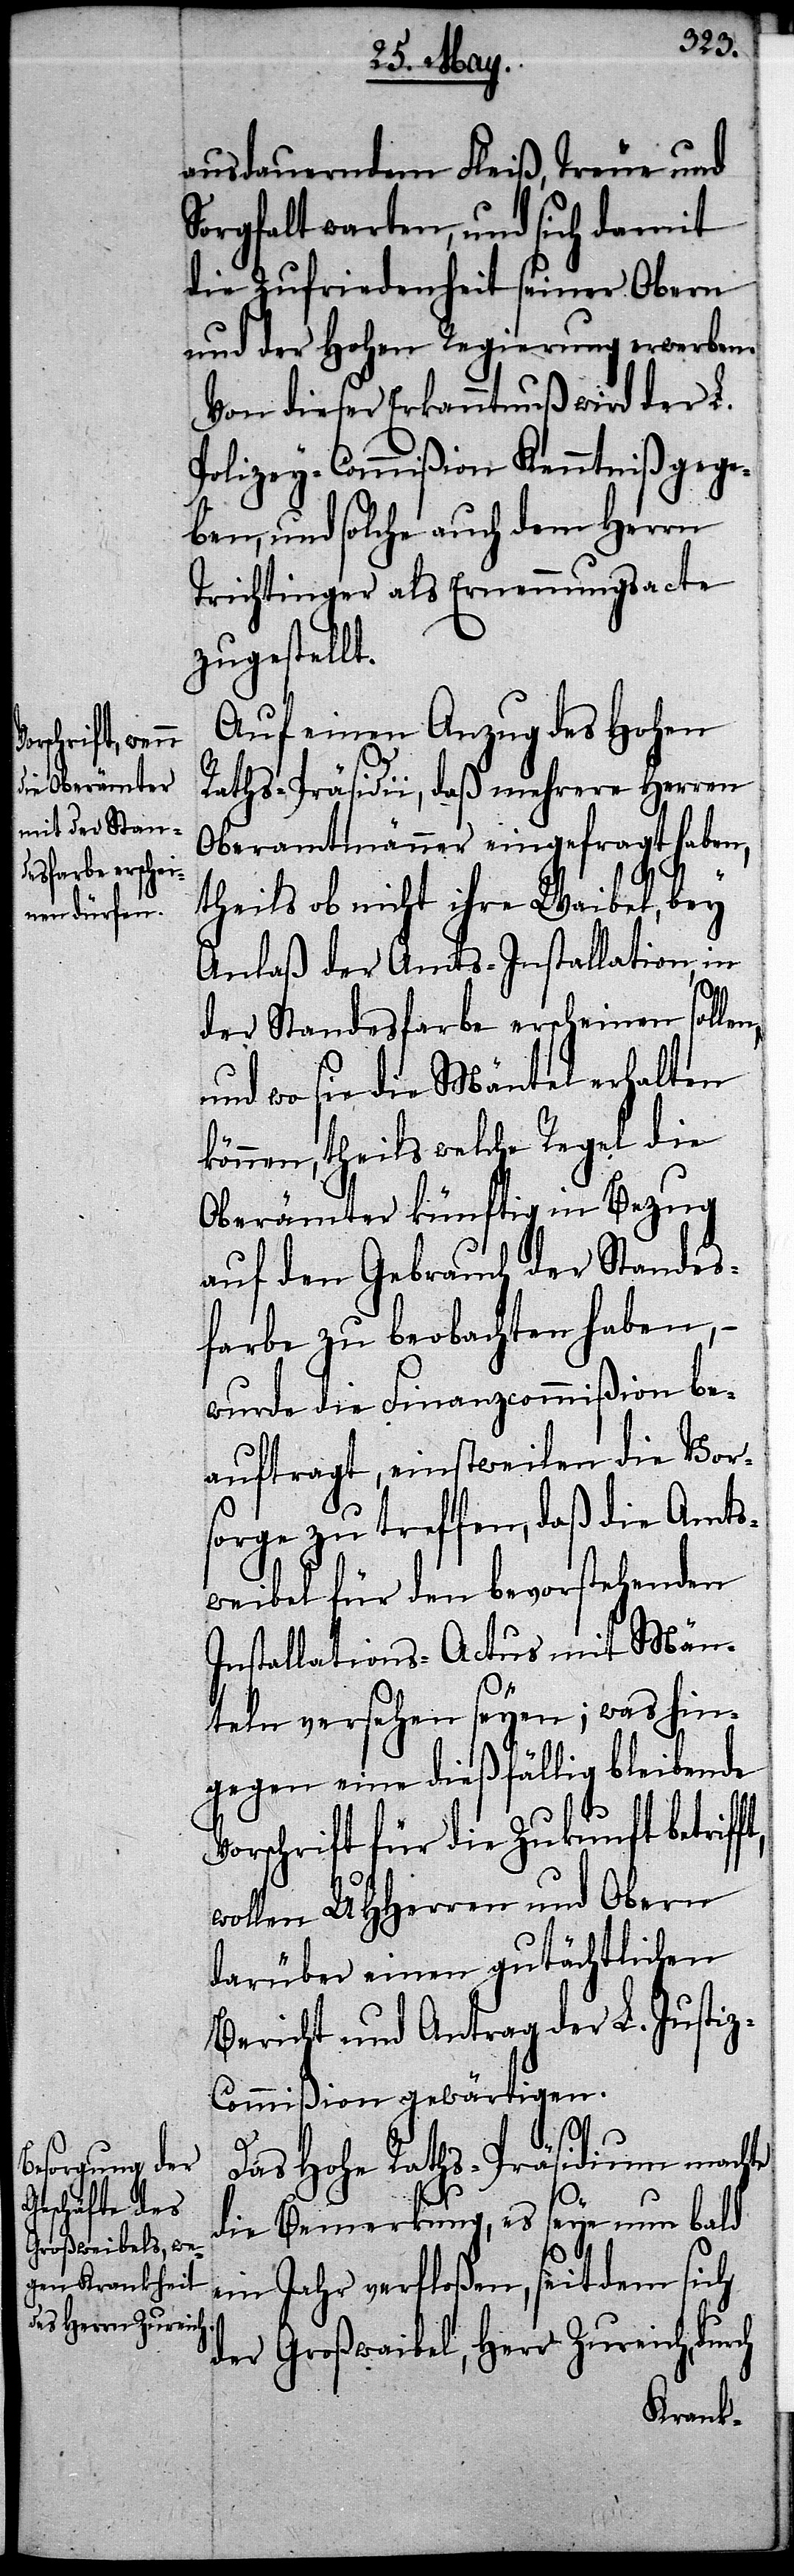
ausdauerndem Fleiß, Treue und
Sorgfalt warten, und sich damit
die Zufriedenheit seiner Obern
und der Hohen Regierung erwerben.
Von dieser Erkanntnuß wird der L.
Polizey-Commißion Kenntniß gege¬
ben, und solche auch dem Herrn
Trichtinger als Ernennungsacte
zugestellt.
Auf einen Anzug des Hohen
Raths-Präsidii, daß mehrere Herren
Oberamtmänner eingefragt haben,
ft,
theils ob nicht ihre Waibel, bey
Anlaß der Amts-Installation, in
der Standesfarbe erscheinen sollen,
und wo sie die Mäntel erhalten
können, theils welche Regel die
Oberämter künftig in Bezug
auf den Gebrauch der Standes¬
farbe zu beobachten haben, –
wurde die Finanzcommißion be¬
auftragt, einstweilen die Vor¬
sorge zu treffen, daß die Amts¬
weibel für den bevorstehenden
Installations-Actus mit Män¬
teln versehen seyen; was hin¬
gegen eine dießfällig bleibende
Vorschrift für die Zukunft betrif¬
wollen UHHerren und Obern
darüber einen gutächtlichen
Bericht und Antrag der L. Justi¬
z-Commißion gewärtigen.
Das Hohe Raths-Präsidium machte
s¬
die Bemerkung, es seye nun bald
eit dem sich
ein Jahr verfloßen,
der Großweibel, Herr Zureich, durch